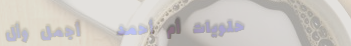
حلويات أم أحمد   أجمل وأل